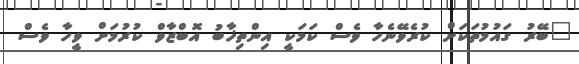
"ބޭރު ގައުމުތަކަށް ކުރެވޭނެހާ ވެސް ކަމަކީ އިންތިޚާބު އޮބްޒާވް ކުރުމަށް ވީހާ ވެސް